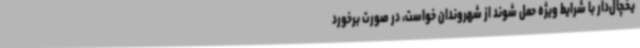
یخچال‌دار با شرایط ویژه حمل شوند از شهروندان خواست، در صورت برخورد